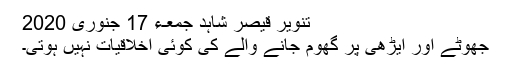
تنویر قیصر شاہد جمعـء 17 جنوری 2020
جھوٹے اور ایڑھی پر گھوم جانے والے کی کوئی اخلاقیات نہیں ہوتی۔